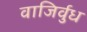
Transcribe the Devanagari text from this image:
वाजिर्वुध